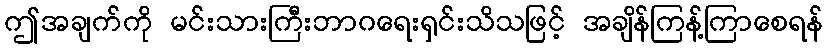
ဤအချက်ကို မင်းသားကြီးဘာဂရေးရှင်းသိသဖြင့် အချိန်ကြန့်ကြာစေရန်